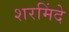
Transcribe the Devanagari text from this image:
शरमिंदे